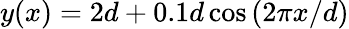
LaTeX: y(x)=2d+0.1d\cos{(2\pi x/d)}